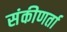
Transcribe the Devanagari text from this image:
संकीणर्ता